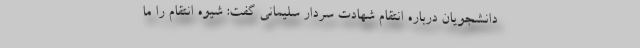
دانشجویان درباره انتقام شهادت سردار سلیمانی گفت: شیوه انتقام را ما